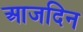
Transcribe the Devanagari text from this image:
आजदिन